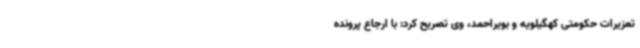
تعزیرات حکومتی کهگیلویه و بویراحمد، وی تصریح کرد: با ارجاع پرونده